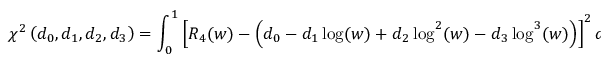
\chi ^ { 2 } \left( d _ { 0 } , d _ { 1 } , d _ { 2 } , d _ { 3 } \right) = \int _ { 0 } ^ { 1 } \left[ R _ { 4 } ( w ) - \left( d _ { 0 } - d _ { 1 } \log ( w ) + d _ { 2 } \log ^ { 2 } ( w ) - d _ { 3 } \log ^ { 3 } ( w ) \right) \right] ^ { 2 } d w